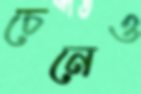
চেনেও